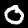
Label: 0